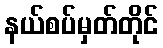
နယ်စပ်မှတ်တိုင်